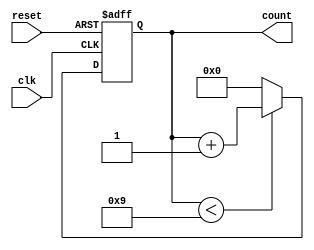
module BCD_Counter (
    input wire clk,     // Clock signal
    input wire reset,   // Asynchronous reset signal
    output reg [3:0] count // 4-bit output for BCD count
);

// Always block triggered on the rising edge of the clock or on reset
always @(posedge clk or posedge reset) begin
    if (reset) begin
        count <= 4'b0000; // Reset counter to 0
    end else begin
        if (count < 4'b1001) begin
            count <= count + 1; // Increment the counter
        end else begin
            count <= 4'b0000; // Reset to 0 if count reaches 10
        end
    end
end

endmodule